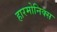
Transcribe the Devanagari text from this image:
हारमोनिक्स